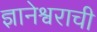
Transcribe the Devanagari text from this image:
ज्ञानेश्वराची